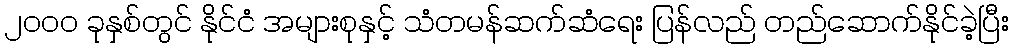
၂၀၀၀ ခုနှစ်တွင် နိုင်ငံ အများစုနှင့် သံတမန်ဆက်ဆံရေး ပြန်လည် တည်ဆောက်နိုင်ခဲ့ပြီး